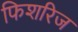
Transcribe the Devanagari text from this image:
फिशरिज